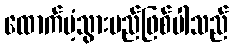
ထောက်ပံ့သွားမည်ဖြစ်ပါသည်